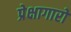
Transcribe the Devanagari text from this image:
प्रेक्षागारों